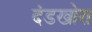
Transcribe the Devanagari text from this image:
दंडखोरा